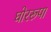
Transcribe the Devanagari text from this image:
घोररूपा